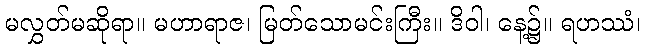
မလွှတ်မဆိုရာ။ မဟာရာဇ၊ မြတ်သောမင်းကြီး။ ဒိဝါ၊ နေ့၌။ ရဟဿံ၊